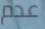
عدم